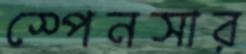
স্পেনসার